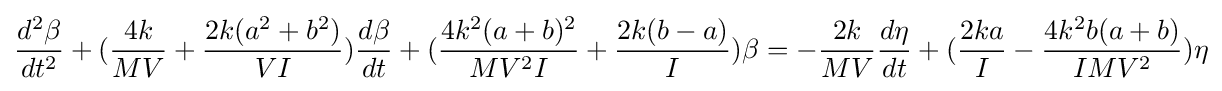
{\frac {d^{2}\beta }{dt^{2}}}+({\frac {4k}{MV}}+{\frac {2k(a^{2}+b^{2})}{VI}}){\frac {d\beta }{dt}}+({\frac {4k^{2}(a+b)^{2}}{MV^{2}I}}+{\frac {2k(b-a)}{I}})\beta =-{\frac {2k}{MV}}{\frac {d\eta }{dt}}+({\frac {2ka}{I}}-{\frac {4k^{2}b(a+b)}{IMV^{2}}})\eta